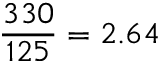
\frac { 3 3 0 } { 1 2 5 } = 2 . 6 4